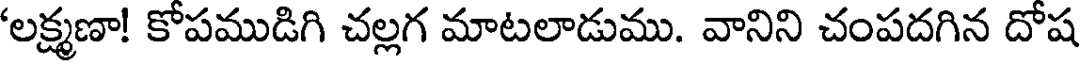
'లక్ష్మణా! కోపముడిగి చల్లగ మాటలాడుము. వానిని చంపదగిన దోష